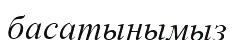
басатынымыз